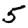
Digit: 5